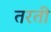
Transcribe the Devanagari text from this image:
तरती